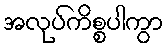
အလုပ်ကိစ္စပါကွာ